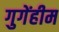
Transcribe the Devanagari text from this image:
गुगेंहीम